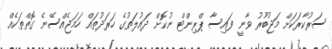
ސަރުކާރަކަށް މަޖުބޫރު ވާނީ ފައިސާ ޕްރިންޓް ނުކޮށް ދައުލަތުގެ ހަރަދުތައް ހަމަޖެއްސޭނެ ގޮތްތަކެއް